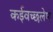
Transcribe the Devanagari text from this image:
कईवच्छलेण